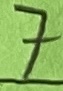
Text: 7